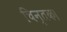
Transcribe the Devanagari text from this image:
चिन्तक।